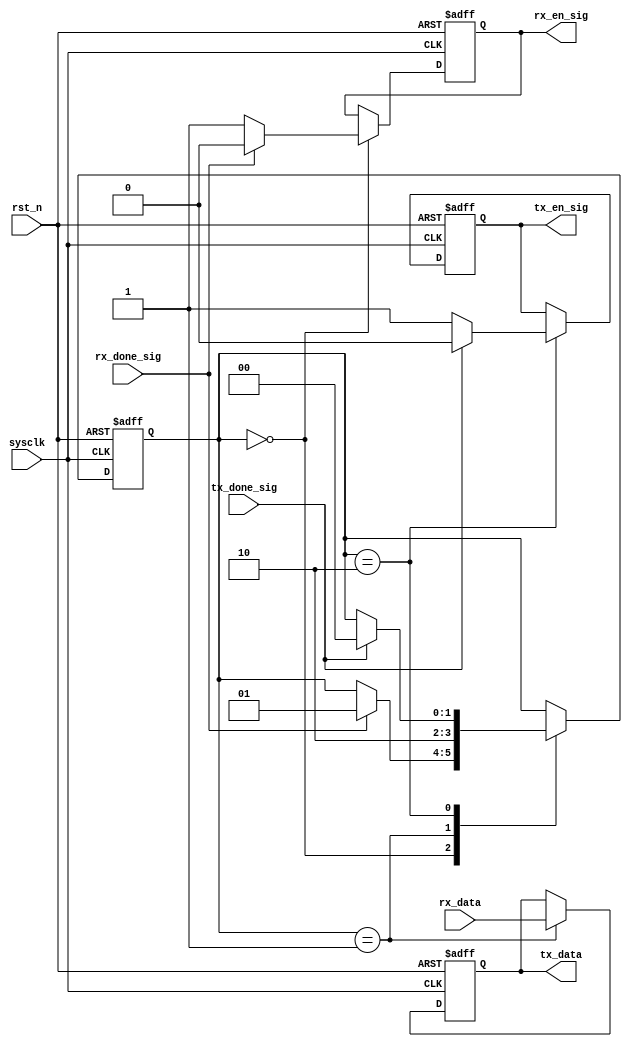
`timescale 1ns / 1ps
//////////////////////////////////////////////////////////////////////////////////
// Company: 
// Engineer: 
// 
// Design Name: 
// Module Name:    control_module 
// Project Name: 
// Target Devices: 
// Tool versions: 
// Description: 
//
// Dependencies: 
//
// Revision: 
// Revision 0.01 - File Created
// Additional Comments: 
//
//////////////////////////////////////////////////////////////////////////////////
module control_module(
    sysclk,
    rst_n,
    rx_done_sig,
    tx_done_sig,
    rx_en_sig,
    tx_en_sig,
    rx_data,
    tx_data
    );
    
    input sysclk;
    input rst_n;
    
    input rx_done_sig;
    input tx_done_sig;
    
    output rx_en_sig;
    output tx_en_sig;
    
    input [7:0]rx_data;
    output [7:0]tx_data;
    
    reg rEn;
    reg tEn;
    reg [7:0]rData;
    
    reg [1:0]i;
    
    always @(posedge sysclk or negedge rst_n) begin
        if (!rst_n) begin
            i <= 2'd0;
            rEn <= 1'b0;
            tEn <= 1'b0;
            rData <= 8'd0;
        end
        else
            case (i)
                0: //PC
                    if (rx_done_sig) begin
                        rEn <= 1'b0;
                        i <= 2'd1;
                    end
                    else
                        rEn <= 1'b1;
                        
                1: //
                    begin
                        rData <= rx_data;
                        i <= 2'd2;
                    end
                        
                2: //PC loopback
                    if (tx_done_sig) begin
                        tEn <= 1'b0;
                        i <= 2'd0;
                    end
                    else
                        tEn <= 1'b1;
                        
            endcase
    end

    assign rx_en_sig = rEn;
    assign tx_en_sig = tEn;
    assign tx_data = rData;
    
endmodule